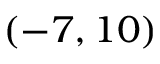
( - 7 , 1 0 )